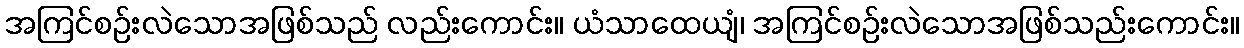
အကြင်စဉ်းလဲသောအဖြစ်သည် လည်းကောင်း။ ယံသာထေယျံ၊ အကြင်စဉ်းလဲသောအဖြစ်သည်းကောင်း။